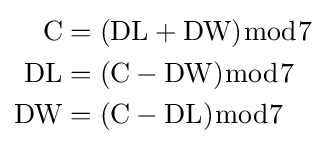
{\begin{aligned}{\text{C}}&=({\text{DL}}+{\text{DW}}){\bmod {7}}\\{\text{DL}}&=({\text{C}}-{\text{DW}}){\bmod {7}}\\{\text{DW}}&=({\text{C}}-{\text{DL}}){\bmod {7}}\end{aligned}}